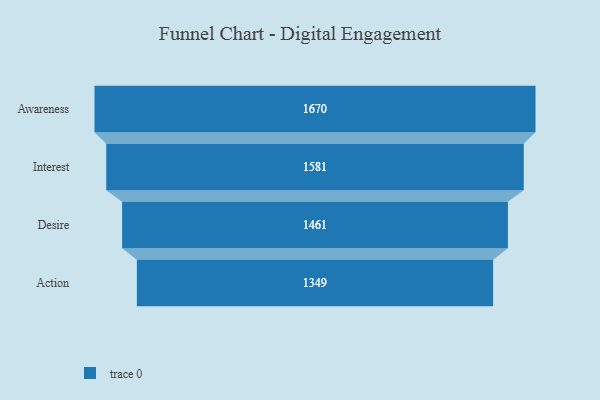
{"axis": {"x": "Stage", "y": "Value"}, "legend": [""], "data": [{"x": "Awareness", "y": 1670.0, "type": ""}, {"x": "Interest", "y": 1581.0, "type": ""}, {"x": "Desire", "y": 1461.0, "type": ""}, {"x": "Action", "y": 1349.0, "type": ""}]}